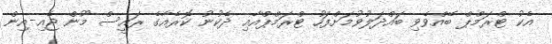
އެކު ޓްރަމްޕް ބޭއްވެވި ބައްދަލުވުމަށްފަހު ޓްރަމްޕްއާއި ދެކުނު ކޮރެއާގެ ރައީސް މޫން ޖެއި-އިން